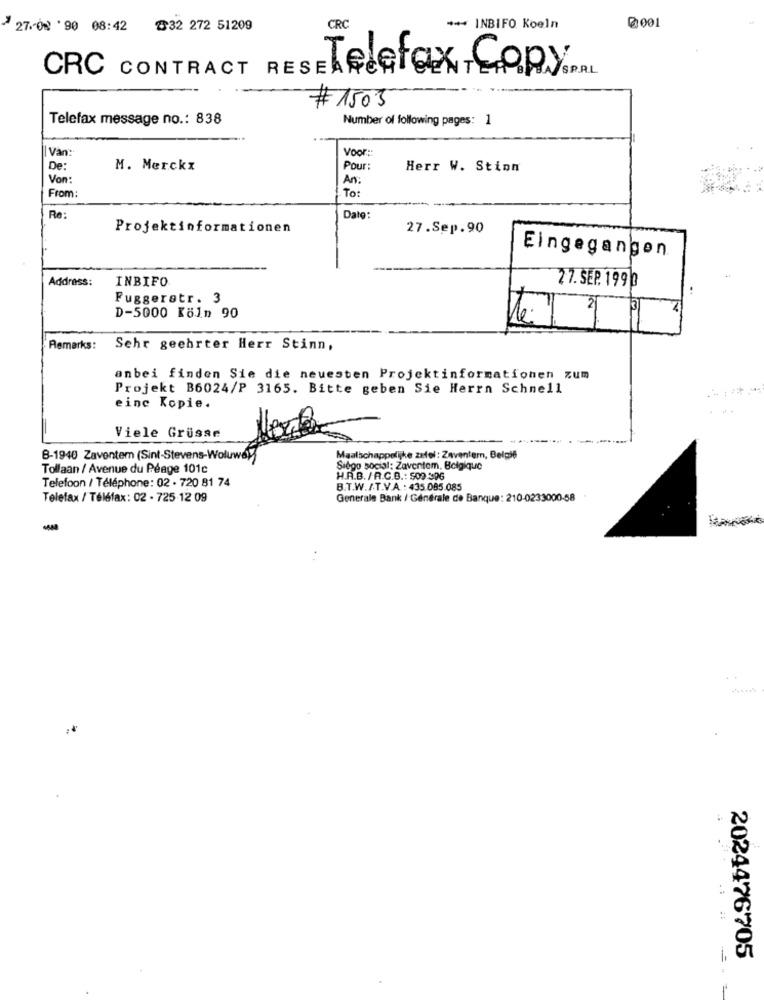
₡001
44
27. 00 '90 08:42 32 272 51209
CRC
*** INBIFO Koeln
Telefax COPY.L
CRC CONTRACT RE
1503
Telefax message no .: 838
Number of following pages: 1
Van:
Voor:
De:
M. Merckx
Pour:
Herr W. Stion
Von:
An:
To:
From:
Re:
Date:
Projektinformationen
27.Sep.90
Eingegangen
Address:
INBIFO
27. SEP. 199 0
Fuggerstr. 3
D-5000 Köln 90
Remarks:
Sehr geehrter Herr Stinn,
anbei finden Sie die neuesten Projektinformationen zum
Projekt B6024/P 3165. Bitte geben Sie Herrn Schnell
einc Kopie.
Viele Grüsse
B-1940 Zaventem (Sint-Stevens-Woluwe)
Maatschappelijke zefel: Zaventemn, Belgif
Tollaan / Avenue du Péage 101c
Siego social: Zaventem, Belgique
Telefoon / Téléphone: 02 . 720 81 74
H.A.B. / A.C.B .: 509:396
B.T.W./.T.V.A .: 435.085.085
Telefax / Téléfax : 02 - 725 .12 09
Generale Bank / Générale de Banque: 210-0233000-58
-
.
2024476705